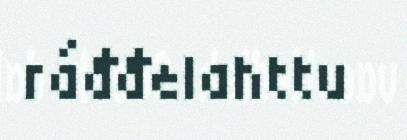
ráđđelahttu